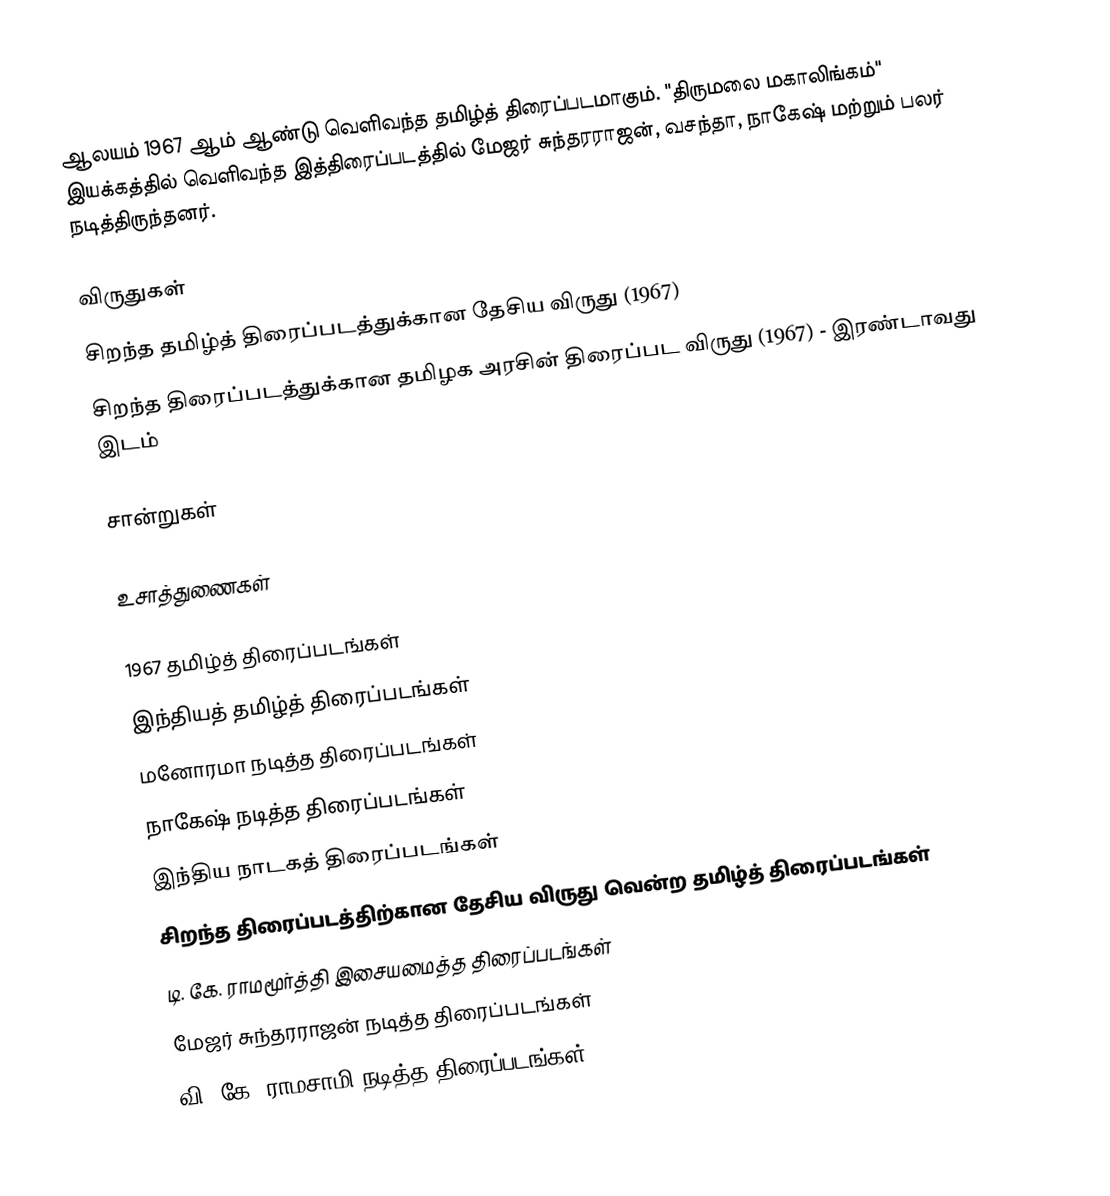
ஆலயம் 1967 ஆம் ஆண்டு வெளிவந்த தமிழ்த் திரைப்படமாகும். "திருமலை மகாலிங்கம்" இயக்கத்தில் வெளிவந்த இத்திரைப்படத்தில் மேஜர் சுந்தரராஜன், வசந்தா, நாகேஷ் மற்றும் பலர் நடித்திருந்தனர்.

விருதுகள்
 சிறந்த தமிழ்த் திரைப்படத்துக்கான தேசிய விருது (1967)
 சிறந்த திரைப்படத்துக்கான தமிழக அரசின் திரைப்பட விருது (1967) - இரண்டாவது இடம்

சான்றுகள்

உசாத்துணைகள்

1967 தமிழ்த் திரைப்படங்கள்
இந்தியத் தமிழ்த் திரைப்படங்கள்
மனோரமா நடித்த திரைப்படங்கள்
நாகேஷ் நடித்த திரைப்படங்கள்
இந்திய நாடகத் திரைப்படங்கள்
சிறந்த திரைப்படத்திற்கான தேசிய விருது வென்ற தமிழ்த் திரைப்படங்கள்
டி. கே. ராமமூர்த்தி இசையமைத்த திரைப்படங்கள்
மேஜர் சுந்தரராஜன் நடித்த திரைப்படங்கள்
வி. கே. ராமசாமி நடித்த திரைப்படங்கள்